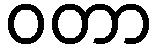
ဝတာ